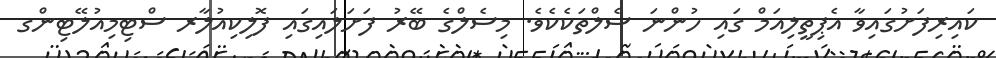
ކައިރިފަށުގައިވާ އެޕިތީލިއަމް ގައި ހުންނަ ސެލްތަކެކެވެ. މިސެލްގެ ބޭރު ފަށަލައިގައި ފޮލިކިއުލާރ ސްޓިމިއުލޭޓިންގ